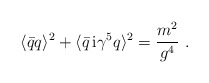
\begin{align*}\langle \bar{q} q \rangle^2 + \langle \bar{q} \, {\rm i} \gamma^5q \rangle^2 = \frac{m^2}{g^4} \ .\end{align*}